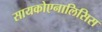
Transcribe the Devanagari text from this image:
सायकोएनालिसिस